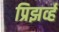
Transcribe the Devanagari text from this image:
प्रिझर्व्ह